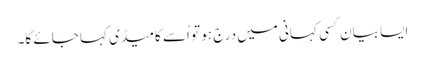
ایسا بیان کسی کہانی میں درج ہو تو اُسے کامیڈی کہا جائے گا۔